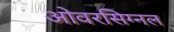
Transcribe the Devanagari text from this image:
ओवरसिग्नल